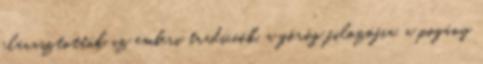
elárasztották az emberi tradíciók, a görög filozófia, a pogány